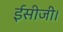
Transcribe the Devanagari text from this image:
ईसीजी।